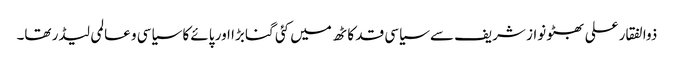
ذوالفقار علی بھٹو نواز شریف سے سیاسی قد کاٹھ میں کئی گنا بڑا اور پائے کا سیاسی و عالمی لیڈر تھا۔